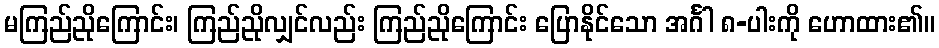
မကြည်ညိုကြောင်း၊ ကြည်ညိုလျှင်လည်း ကြည်ညိုကြောင်း ပြောနိုင်သော အင်္ဂါ ၈-ပါးကို ဟောထား၏။